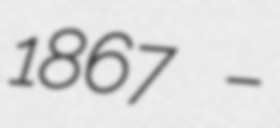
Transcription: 1867 –